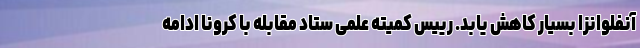
آنفلوانزا بسیار کاهش یابد. رییس کمیته علمی ستاد مقابله با کرونا ادامه